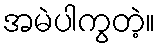
အမဲပါကွတဲ့။